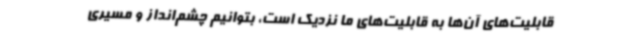
قابلیت‌های آن‌ها به قابلیت‌های ما نزدیک است، بتوانیم چشم‌انداز و مسیری